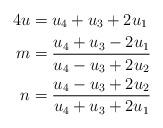
LaTeX: \begin{align*}4u &= u_4 +u_3 +2u_1 \\m &= \frac{u_4 +u_3 -2u_1}{u_4 -u_3 +2u_2} \\n &= \frac{u_4 -u_3 +2u_2}{u_4 +u_3 +2u_1}\end{align*}